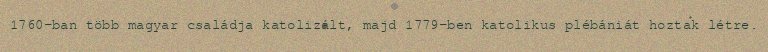
1760-ban több magyar családja katolizált, majd 1779-ben katolikus plébániát hoztak létre.